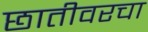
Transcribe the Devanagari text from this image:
छातीवरचा